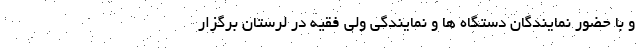
و با حضور نمایندگان دستگاه ها و نمایندگی ولی فقیه در لرستان برگزار